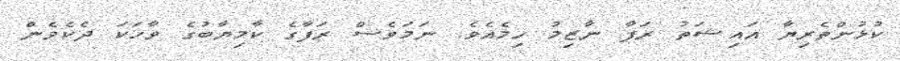
ކުޅުންތެރިޔާ އައިޝަތު ރަފާ ނާޒިމު ހިމެއެވެ. ނަމަވެސް ރަފާގެ ކާމިޔާބުގެ ވާހަކަ ދެކެވެން